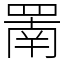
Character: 罱